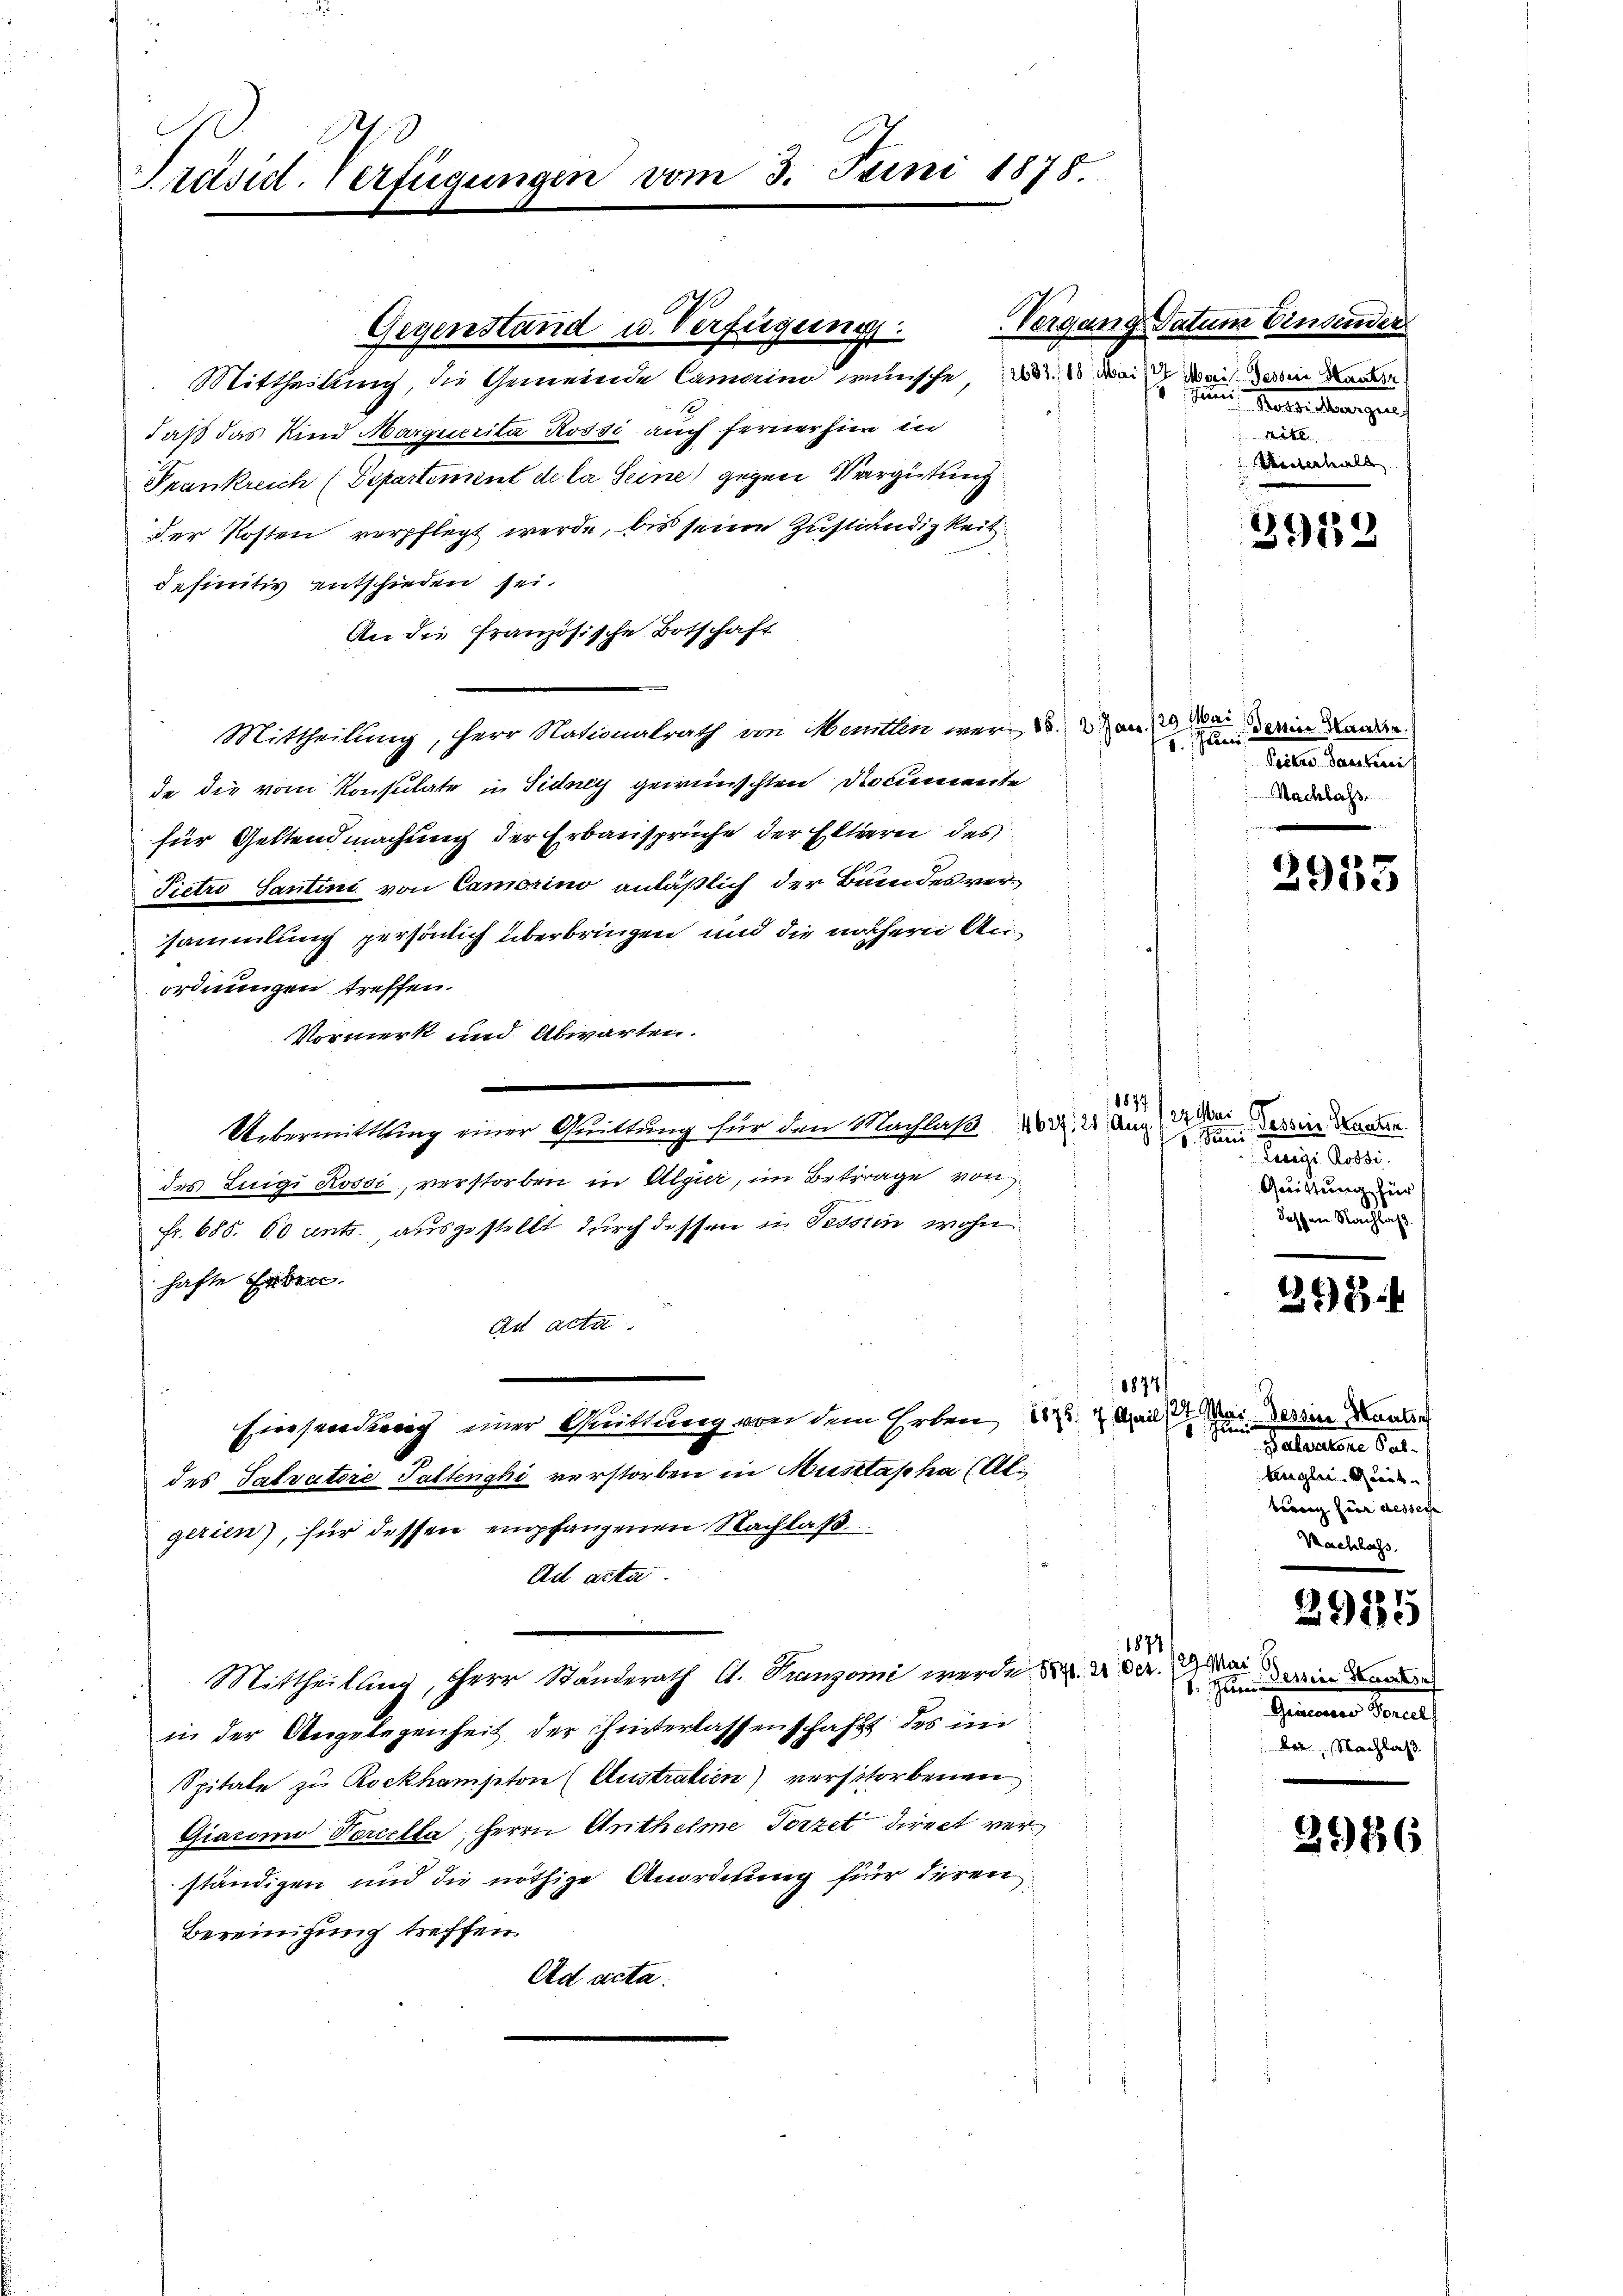
Präsid. Verfügungen vom 3. Juni 1878.

Gegenstand u. Verfügung

Mittheilung, die Gemeinde Camerino wünsche die es dein weil darin kann
daß das Kind Marquerita Rossi auch ferner hier in
Frankreich (Separtement de la Seine gegen Vergütung
der Kosten verpflegt werde, bis seine Zustindigkeit
definitiv entschieden sei.
An die französische Botschaft
Mittheilung, Herr Nationalrath von Menten wer- B. am 1. Mai darin Lander
de die vom Konsulate in Sidney gewünschten Socieweite
für Geltendmachung der Erbansprüche der Eltern des
Pietro Santini von Camorino anläßlich der Bundesversammlung persönlich überbringen und die nähern Anordnungen treffen.
Vormerk und Abwarten.
Uebermittlung einer Quittung für den Nachlaß die a
des Luigi Rossi, verstorben in Algier, im Betrage von
Fr. 685. 60 unt., ausgestellt durch dessen in Tessin wohn
hafte Erden.
.
An acta
1874
Einsendung einer Quittung von dem Erben d. Bei der Bei
des Salvatore Paltenghi verstorben in Ausstapha (Al
gerien), für dessen empfangenen Nachlaß
Ad acter
1874
Mittheilung, Herr Ständerath C. Franzoni werde d
in der Angelegenheit der hinterlassenschafft des in
Spitale zu Rockhampton (Austratien) verstorbenen
Giaconio Vorcella, Herrn Anthelme Porzel direct verständigen und die nöthige Anordnung für deren
Bereinigung treffen.
Ad acta.

1877.

Vergang Datum Einsender
5 Juni
Marselbergen
t
Arnterhalt

3919

5. Juni
Pactes Santici
Nachlass

2935

24. Mai Tessin, Staaten.
S. Pari
tange besti
Quittung für
dessen Nachlaß.

243

Tessine Hautse
1 x
Palerere der
Angli ei
birung für dessere |
Nachlass.

2985

129. Mai 1
11. Jun. Mein Staatse
Hammenen Berat
bei Nachlas

2986